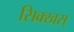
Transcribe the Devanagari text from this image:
सिक्खस्